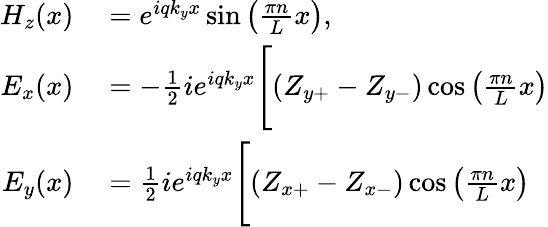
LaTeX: \begin{array}{rl}{H_{z}(x)}&{{}=e^{iqk_{y}x}\sin\left(\frac{\pi n}{L}x\right),}\\ {E_{x}(x)}&{{}=-\frac{1}{2}ie^{iqk_{y}x}\Biggl[\left(Z_{y+}-Z_{y-}\right)\cos\left(\frac{\pi n}{L}x\right)}\\ {E_{y}(x)}&{{}=\frac{1}{2}ie^{iqk_{y}x}\Biggl[\left(Z_{x+}-Z_{x-}\right)\cos\left(\frac{\pi n}{L}x\right)}\end{array}